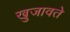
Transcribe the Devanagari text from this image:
खुजावते